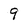
Character: 9